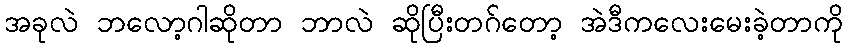
အခုလဲ ဘလော့ဂါဆိုတာ ဘာလဲ ဆိုပြီးတဂ်တော့ အဲဒီကလေးမေးခဲ့တာကို